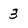
Character: 3